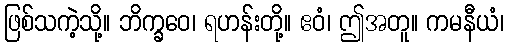
ဖြစ်သကဲ့သို့။ ဘိက္ခဝေ၊ ရဟန်းတို့။ ဧဝံ၊ ဤအတူ။ ကမနီယံ၊